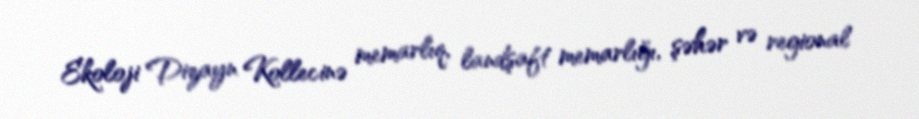
Ekoloji Dizayn Kollecinə memarlıq, landşaft memarlığı, şəhər və regional